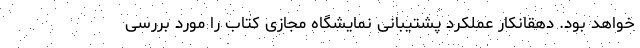
خواهد بود. دهقانکار عملکرد پشتیبانی نمایشگاه مجازی کتاب را مورد بررسی